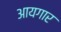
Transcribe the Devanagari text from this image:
आयगार